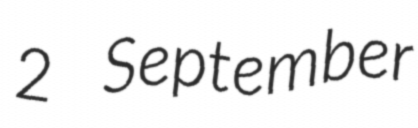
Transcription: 2 September